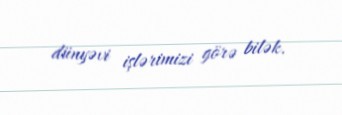
dünyəvi işlərimizi görə bilək.